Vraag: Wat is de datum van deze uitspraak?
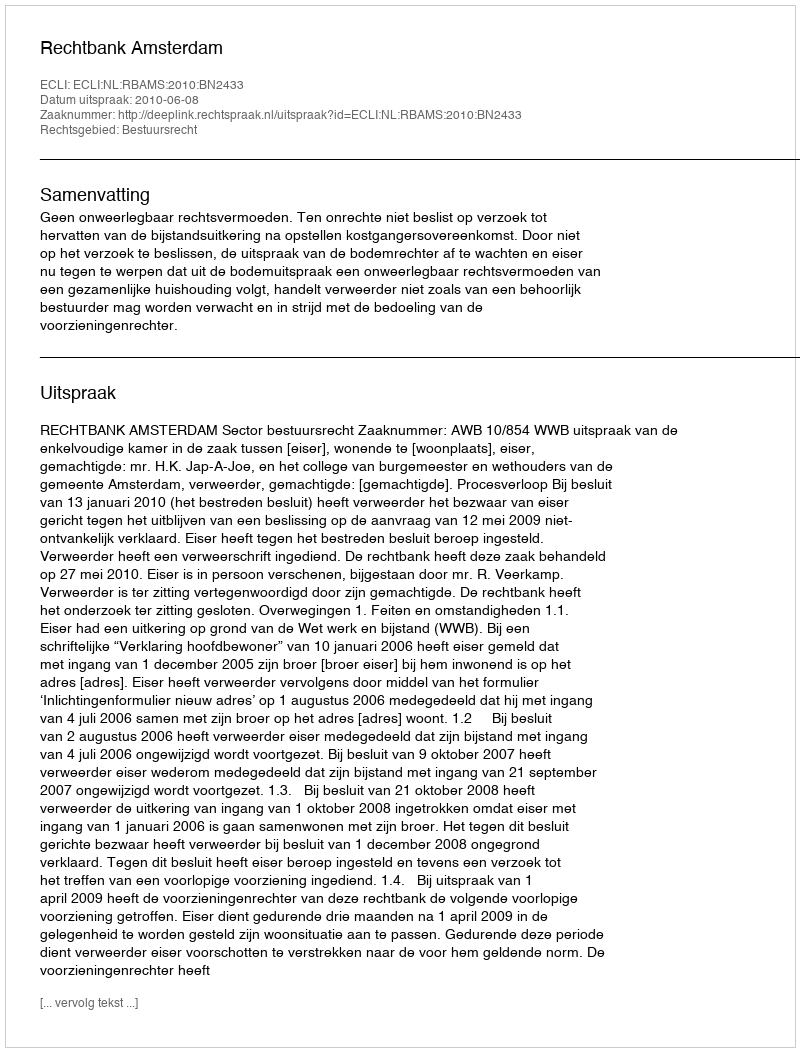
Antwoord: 2010-06-08